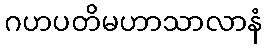
ဂဟပတိမဟာသာလာနံ